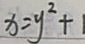
x = y ^ { 2 } + 1